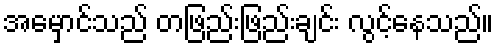
အမှောင်သည် တဖြည်းဖြည်းချင်း လွင့်နေသည်။